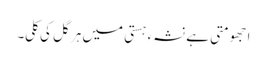
ا جھومتی ہے نشہء ہستی میں ہر گل کی کلی۔